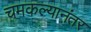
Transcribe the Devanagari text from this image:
चमकल्यानंतर